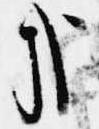
哉